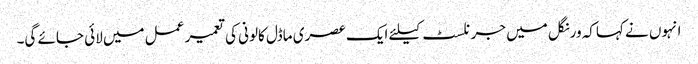
انہوں نے کہاکہ ورنگل میں جرنلسٹ کیلئے ایک عصری ماڈل کالونی کی تعمیر عمل میں لائی جائے گی۔